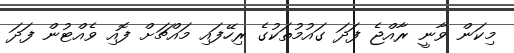
މިކަން ވާނީ ރާއްޖެ ފަދަ ގައުމުތަކުގެ ރިހޭފައި މައްޗަށް ފޮއި ވެއްޓުން ފަދަ